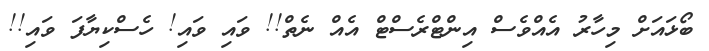
ބޯޅައަށް މިހާރު އެއްވެސް އިންޓްރެސްޓް އެއް ނެތް!! ވައި ވައި! ހެސްކިޔާފަ ވައި!!